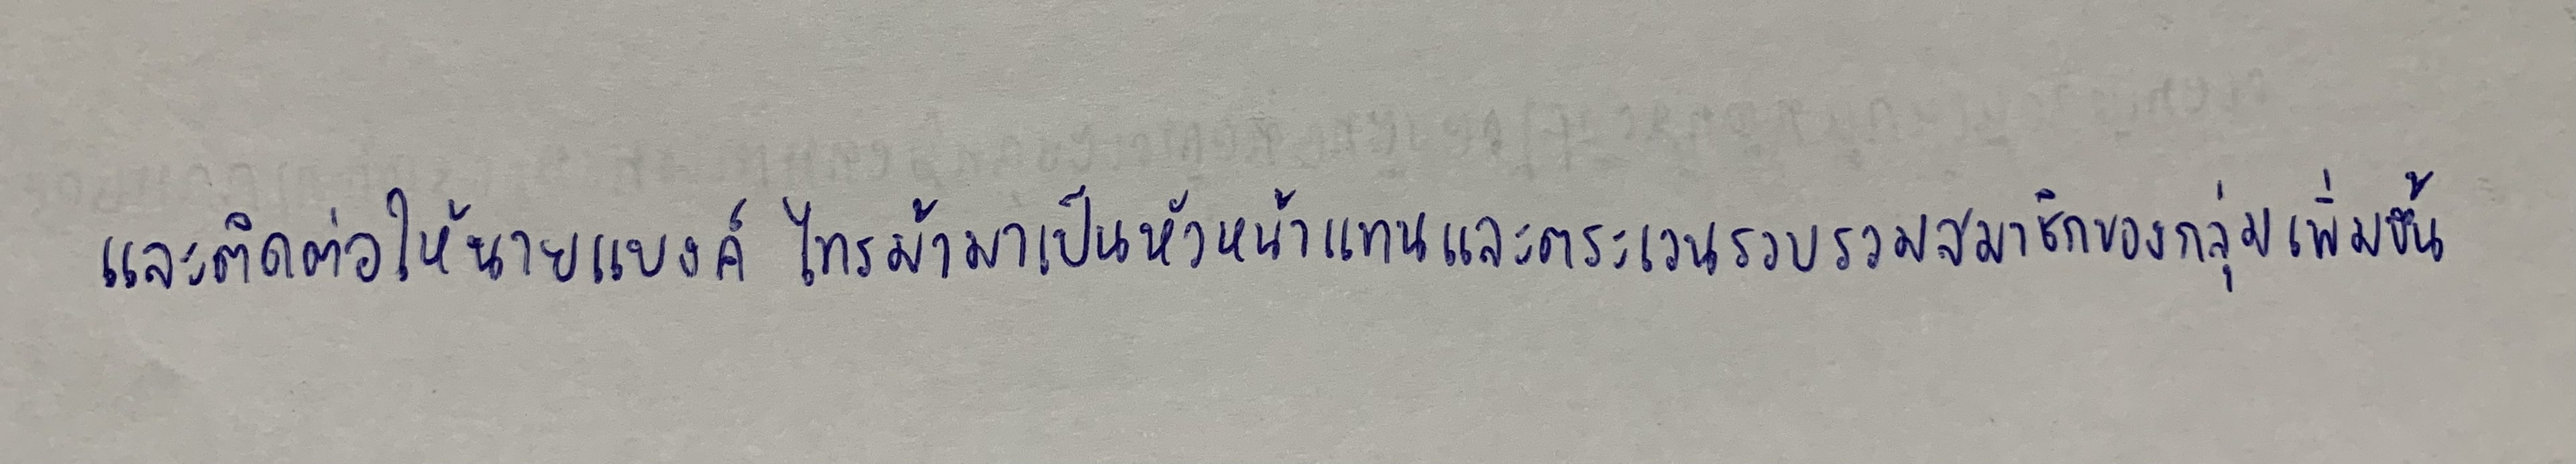
และติดต่อให้นายแบงค์ ไทรม้ามาเป็นหัวหน้าแทนและตระเวนรวบรวมสมาชิกของกลุ่มเพิ่มขึ้น